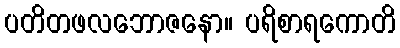
ပတိတဖလဘောဇနော။ ပရိစာရကောတိ